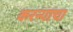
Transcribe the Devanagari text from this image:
करन्याचा